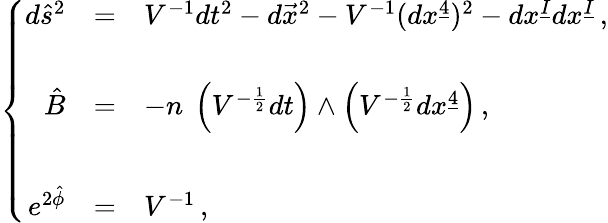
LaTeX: \left\{ \begin{array}{rcl}{{d\hat{s}^{2}}}&{{=}}&{{V^{-1}dt^{2}-d\vec{x}^{2}-V^{-1}(dx^{\underline{{{4}}}})^{2}-dx^{\underline{{{I}}}}dx^{\underline{{{I}}}}\, ,}}\\ {{}}&{{}}&{{}}\\ {{\hat{B}}}&{{=}}&{{-n\ \left(V^{-\frac{1}{2}}dt\right)\wedge\left(V^{-\frac{1}{2}}dx^{\underline{{{4}}}}\right)\, ,}}\\ {{}}&{{}}&{{}}\\ {{e^{2\hat{\phi}}}}&{{=}}&{{V^{-1}\, ,}}\end{array}\right.